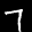
Label: 7